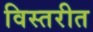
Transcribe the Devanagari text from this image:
विस्तरीत